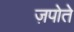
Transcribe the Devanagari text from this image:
ज़पोते